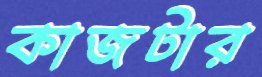
কাজটার